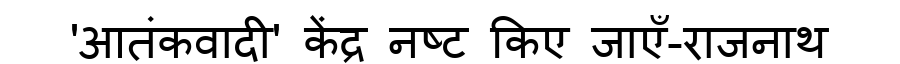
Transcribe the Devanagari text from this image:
'आतंकवादी' केंद्र नष्ट किए जाएँ-राजनाथ